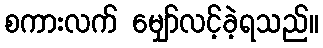
စကားလက် မျှော်လင့်ခဲ့ရသည်။